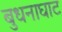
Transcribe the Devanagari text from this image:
बुधनाघाट